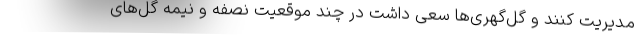
مدیریت کنند و گل‌گهری‌ها سعی داشت در چند موقعیت نصفه و نیمه گل‌های